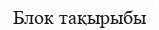
Блок тақырыбы